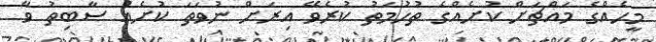
މީހެއްގެ މައްޗަށް ކުށެއްގެ ތުހުމަތު ކުރެވޭ އިރަށް ނުވަތަ ކުށެއް ސާބިތު ވާ